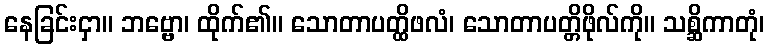
နေခြင်းငှာ။ ဘဗ္ဗော၊ ထိုက်၏။ သောတာပတ္ထိဖလံ၊ သောတာပတ္တိဖိုလ်ကို။ သစ္ဆိကာတုံ၊